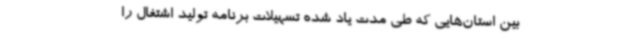
بین‌ استان‌هایی که طی مدت یاد شده تسهیلات برنامه تولید اشتغال را